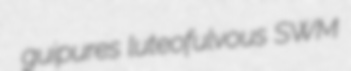
guipures luteofulvous SWM